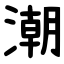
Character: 潮